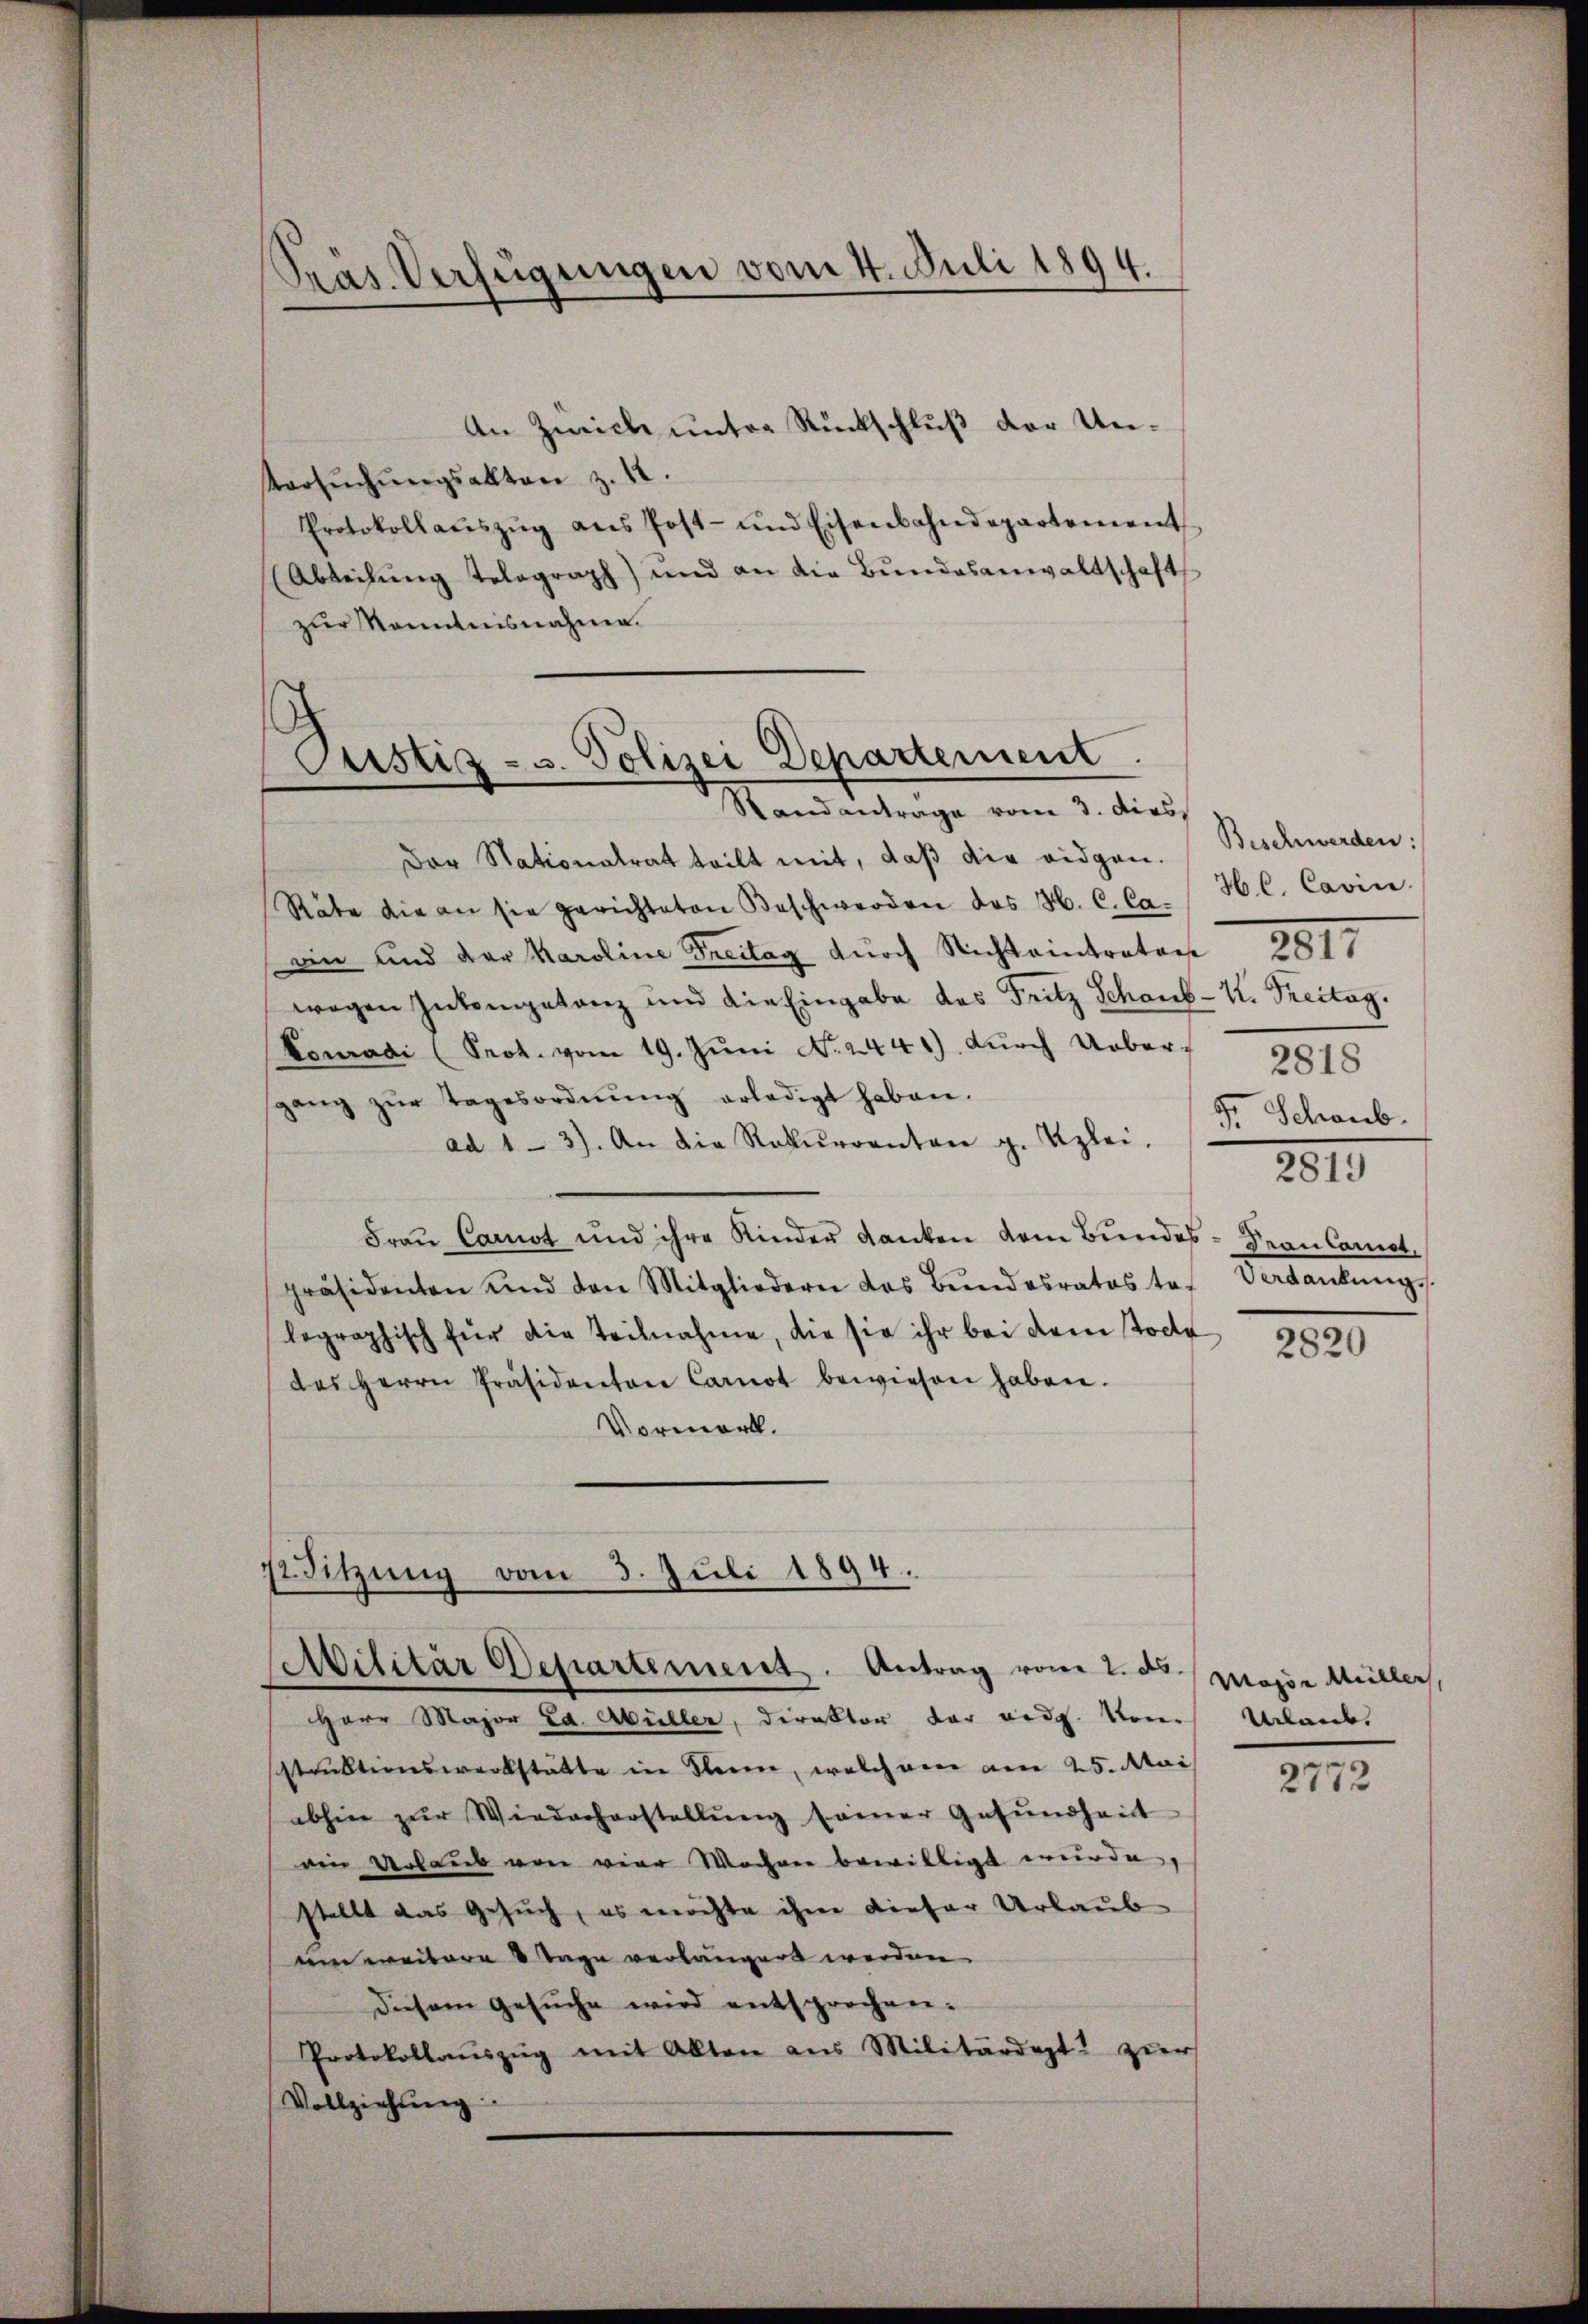
An Zürich unter Rückschluß der Un¬
Versuchungsakten z. 12.
Protokollaŭszŭg ans Post- und Eisenbahndepartement
(Abteilŭng telegraph) und an die Bŭndesanwaltschaft
zur Kenntnisnahme.

Dar Nationalrat teilt mit, daß die eidgen.
Räte die an sie gerichteten Beschwerden des H. C. Ca-
ain und der Karoline Treitag durch Nichteintrators
wegen Inkompetanz und die Eingabe des Fritz Schaub- K. Treitag.
Konradi (Prot. vom 19. Juni No 2441) durch Uebersgang zŭr Tagesordnŭng erledigt haben.
ad 1-3). An die Rekŭrrenten g. Uzlei,
Fraŭ Carnot und ihre Kinder danken dem Bundes-Vean Const.
präsidenten und den Mitgliedern des Bundesrates te. Verdankŭng
legraphisch für die Teilnahme, die sie ihr bei dem Todte
des Herrn Präsidenten Carnot bewiesen haben.
Vormerk.

Präs. Verfügungen vom 4. Juli 1894.

Pustiz- u. Polizei Departement.
Standantrage vom 3. dies

s Sitzung vom 3. Juli 1894.
.
Militär Departement. Antrag vom 2. ds.

Herr Major Ed. Müller, Direktor der eidg. Von Urlaub.
struktionswerkstätte in Klein, welchem am 25. Mai
abhin zŭr Wiederherstellŭng seiner Gesŭndheit
ein Urlaub von vier Wochen bewilligt wurde,
stellt das Gesuch, es möchte ihm dieser Urlaub
um weitere 3 Tage verlängert werden.
diesem Gesŭche wird entsprochen.
Protokollaŭszŭg mit Alten aus Militärdept. zur
Vollziehung

Beschwerden:
H C. Cavin
2817
2818
5
d. Schaub.
2819

2820

Major Müller,

2772